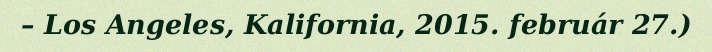
– Los Angeles, Kalifornia, 2015. február 27.)